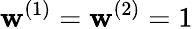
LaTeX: \mathbf{w}^{(1)}=\mathbf{w}^{(2)}=1